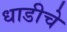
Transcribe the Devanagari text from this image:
धाडीचे